Sketch of the medical history of the native army of Bombay, for the year
Year: 1870
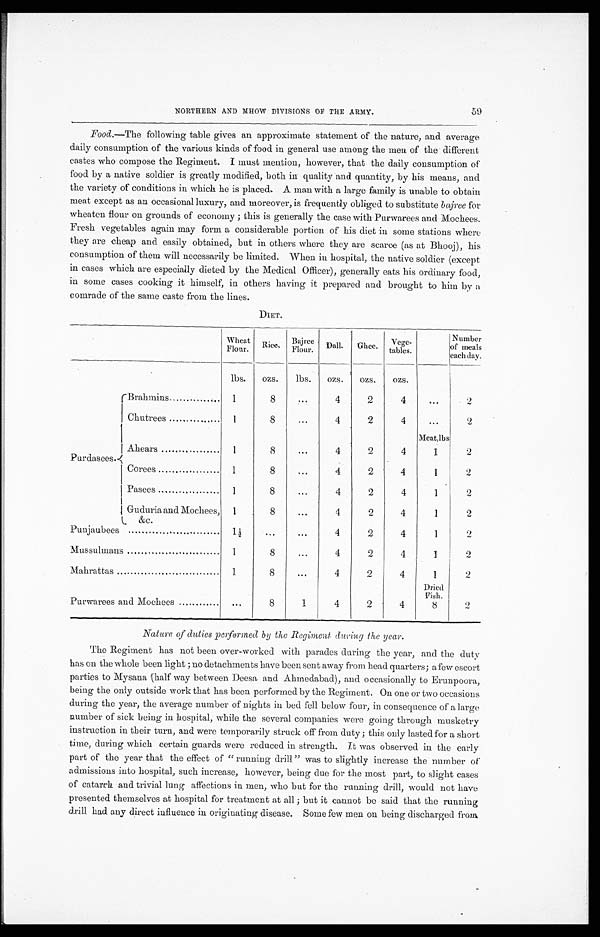
Food. —The following table gives an approximate statement of the nature, and average
daily consumption of the various kinds of food in general use among the men of the different
castes who compose the Regiment. I must mention, however, that the daily consumption of
food by a native soldier is greatly modified, both in quality and quantity, by his means, and
the variety of conditions in which he is placed. A man with a large family is unable to obtain
meat except as an occasional luxury, and moreover, is frequently obliged to substitute bajree for
wheaten flour on grounds of economy; this is generally the case with Purwarees and Mochees.
Fresh vegetables again may form a considerable portion of his diet in some stations where
they are cheap and easily obtained, but in others where they are scarce (as at Bhooj), his
consumption of them will necessarily be limited. When in hospital, the native soldier (except
in cases which are especially dieted by the Medical Officer), generally eats his ordinary food,
in some cases cooking it himself, in others having it prepared and brought to him by a
comrade of the same caste from the lines.
DIET.
W h e a t F l o u r .
R i c e .
B a j r e e F l o u r .
D a l l .
G h e e .
V e g e - t a b l e s .
N u m b e r o f m e a l s e a c h d a y .
l b s .
o z s .
l b s .
o z s .
o z s .
o z s .
P u r d a s e e s .
Brahmins
1
8
. . .
4
2
4
. . .
2
Chutrees
1
8
. . .
4
2
4
. . .
2
M e a t , l b s
Ahears
1
8
. . .
4
2
4
1
2
Corees
1
8
. . .
4
2
4
1
2
Pesees
1
8
. . .
4
2
4
1
2
Guduria and Mochees, &c.
1
8
. . .
4
2
4
1
2
Punjaubees
1 ½
. . .
. . .
4
2
4
1
2
Mussulmans
1
8
. . .
4
2
4
1
2
Mahrattas
1
8
. . .
4
2
4
1
2
D r i e d F i s h .
Purwarees and Mochees
. . .
8
1
4
2
4
8
2
Nature of duties performed by the Regiment during the year.
The Regiment has not been over-worked with parades during the year, and the duty
has on the whole been light; no detachments have been sent away from head quarters; a few escort
parties to Mysana (half way between Deesa and Ahmedabad), and occasionally to Erunpoora,
being the only outside work that has been performed by the Regiment. On one or two occasions
during the year, the average number of nights in bed fell below four, in consequence of a large
number of sick being in hospital, while the several companies were going through musketry
instruction in their turn, and were temporarily struck off from duty; this only lasted for a short
time, during which certain guards were reduced in strength. It was observed in the early
part of the year that the effect of "running drill" was to slightly increase the number of
admissions into hospital, such increase, however, being due for the most part, to slight cases
of catarrh and trivial lung affections in men, who but for the running drill, would not have
presented themselves at hospital for treatment at all; but it cannot be said that the running
drill had any direct influence in originating disease. Some few men on being discharged from